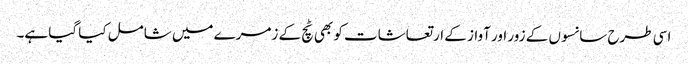
اسی طرح سانسوں کے زور اور آواز کے ارتعاشات کو بھی ٹچ کے زمرے میں شامل کیا گیا ہے۔